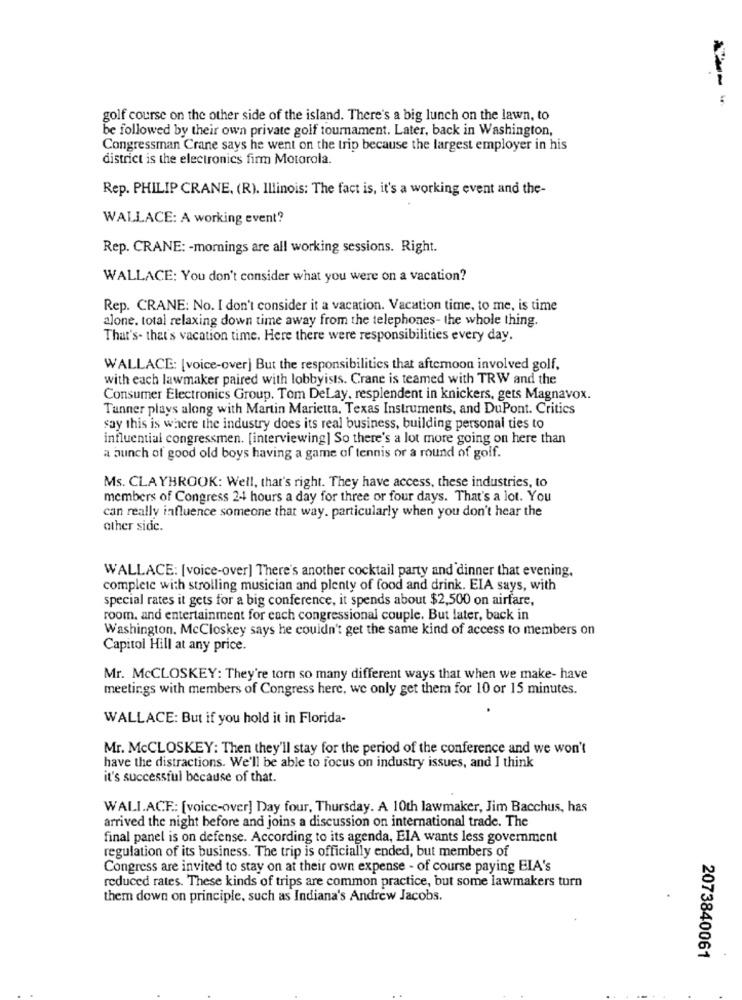
golf course on the other side of the island. There's a big lunch on the lawn, to
be followed by their own private golf tournament. Later, back in Washington,
Congressman Crane says he went on the trip because the largest employer in his
district is the electronics firm Motorola.
Rep. PHILIP CRANE, (R). Illinois: The fact is, it's a working event and the-
WALLACE: A working event?
Rep. CRANE: - mornings are all working sessions. Right.
WALLACE: You don't consider what you were on a vacation?
Rep. CRANE: No. I don't consider it a vacation. Vacation time, to me, is time
alone. total relaxing down time away from the telephones- the whole thing.
That's- that's vacation time. Here there were responsibilities every day.
WALLACE: [voice-over] But the responsibilities that aftemoon involved golf,
with each lawmaker paired with lobbyists. Crane is teamed with TRW and the
Consumer Electronics Group. Tom DeLay, resplendent in knickers, gets Magnavox.
Tunner plays along with Martin Marietta. Texas Instruments, and DuPont. Critics
say this is where the industry does its real business, building personal ties to
influential congressmen. [interviewing] So there's a lot more going on here than
a bunch of good old boys having a game of tennis or a round of golf.
Ms. CLAYBROOK: Well, that's right. They have access, these industries, to
members of Congress 24 hours a day for three or four days. That's a lot. You
can really influence someone that way. particularly when you don't hear the
other side.
WALLACE: [voice-over] There's another cocktail party and dinner that evening.
complete with strolling musician and plenty of food and drink. EIA says, with
special rates it gets for a big conference, it spends about $2,500 on airfare,
room, and entertainment for each congressional couple. But later, back in
Washington, McCloskey says he couldn't get the same kind of access to members on
Capitol Hill at any price.
Mr. McCLOSKEY: They're torn so many different ways that when we make- have
meetings with members of Congress here. we only get them for 10 or 15 minutes.
WALLACE: But if you hold it in Florida-
Mr. McCLOSKEY: Then they'll stay for the period of the conference and we won't
have the distractions. We'll be able to focus on industry issues, and I think
it's successful because of that.
WALI.ACF .: [voice-over] Day four, Thursday. A 10th lawmaker, Jim Bacchus, has
arrived the night before and joins a discussion on international trade. The
final panel is on defense. According to its agenda, EIA wants less government
regulation of its business. The trip is officially ended, but members of
Congress are invited to stay on at their own expense - of course paying EIA's
reduced rates. These kinds of trips are common practice, but some lawmakers turn
them down on principle, such as Indiana's Andrew Jacobs.
2073840061